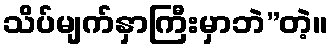
သိပ်မျက်နှာကြီးမှာဘဲ”တဲ့။